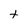
Character: t